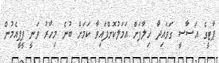
ޕާޓީގެ އަސާސީ ގަވައިދާ ހިލާފަށް އަމަލުކޮށްފައިވާ ކަަމަށް ބުނެ މިހާރު ވަނީ ޕީޕީއެމުން